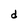
Character: d